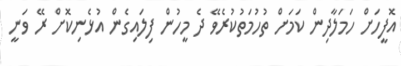
އޮފީހަށް ހަމަލާދިން ކަމަށް ތުހުމަތުކުރެވޭ ދެ މީހުން ފިލައިގެން އުޅެނިކޮށް ރޭ ވަނީ